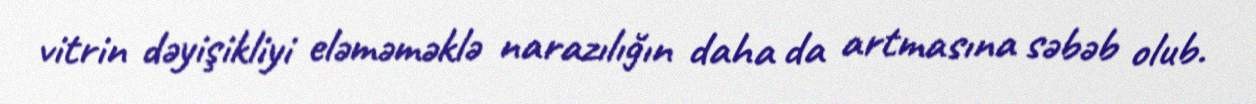
vitrin dəyişikliyi eləməməklə narazılığın daha da artmasına səbəb olub.